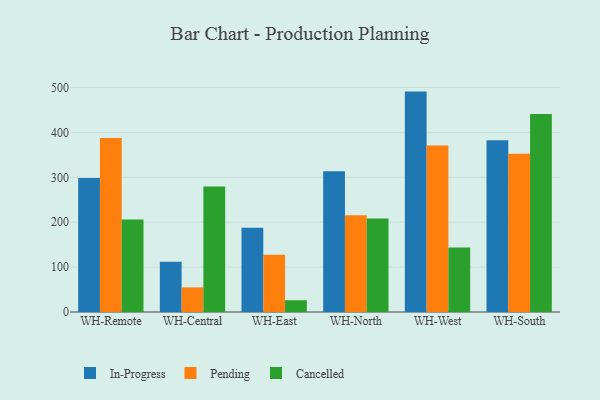
{"axis": {"x": "Warehouse", "y": "Temperature (°C)"}, "legend": ["Cancelled", "In-Progress", "Pending"], "data": [{"x": "WH-Remote", "y": 298.3, "type": "In-Progress"}, {"x": "WH-Remote", "y": 387.7, "type": "Pending"}, {"x": "WH-Remote", "y": 206.0, "type": "Cancelled"}, {"x": "WH-Central", "y": 112.0, "type": "In-Progress"}, {"x": "WH-Central", "y": 54.8, "type": "Pending"}, {"x": "WH-Central", "y": 279.4, "type": "Cancelled"}, {"x": "WH-East", "y": 187.6, "type": "In-Progress"}, {"x": "WH-East", "y": 127.7, "type": "Pending"}, {"x": "WH-East", "y": 26.2, "type": "Cancelled"}, {"x": "WH-North", "y": 313.6, "type": "In-Progress"}, {"x": "WH-North", "y": 215.5, "type": "Pending"}, {"x": "WH-North", "y": 208.2, "type": "Cancelled"}, {"x": "WH-West", "y": 490.9, "type": "In-Progress"}, {"x": "WH-West", "y": 370.7, "type": "Pending"}, {"x": "WH-West", "y": 143.9, "type": "Cancelled"}, {"x": "WH-South", "y": 382.7, "type": "In-Progress"}, {"x": "WH-South", "y": 352.5, "type": "Pending"}, {"x": "WH-South", "y": 440.9, "type": "Cancelled"}]}